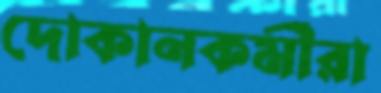
দোকানকর্মীরা